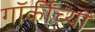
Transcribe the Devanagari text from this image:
गॉर्कीच्या